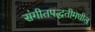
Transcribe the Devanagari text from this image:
संगीतपद्धतीमधील